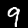
Digit: 9